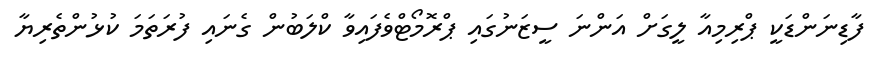
ފާޑިނަންޑަކީ ޕްރިމިއާ ލީގަށް އަންނަ ސީޒަނުގައި ޕްރޮމޯޓްވެފައިވާ ކްލަބުން ގެނައި ފުރަތަމަ ކުޅުންތެރިޔާ